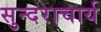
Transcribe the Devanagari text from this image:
सुन्दराचार्य